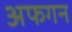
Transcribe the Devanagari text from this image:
अफगन